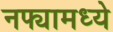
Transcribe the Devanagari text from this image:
नफ्यामध्ये